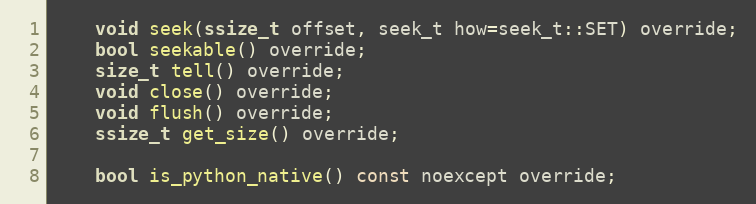
Language: C
	void seek(ssize_t offset, seek_t how=seek_t::SET) override;
	bool seekable() override;
	size_t tell() override;
	void close() override;
	void flush() override;
	ssize_t get_size() override;

	bool is_python_native() const noexcept override;